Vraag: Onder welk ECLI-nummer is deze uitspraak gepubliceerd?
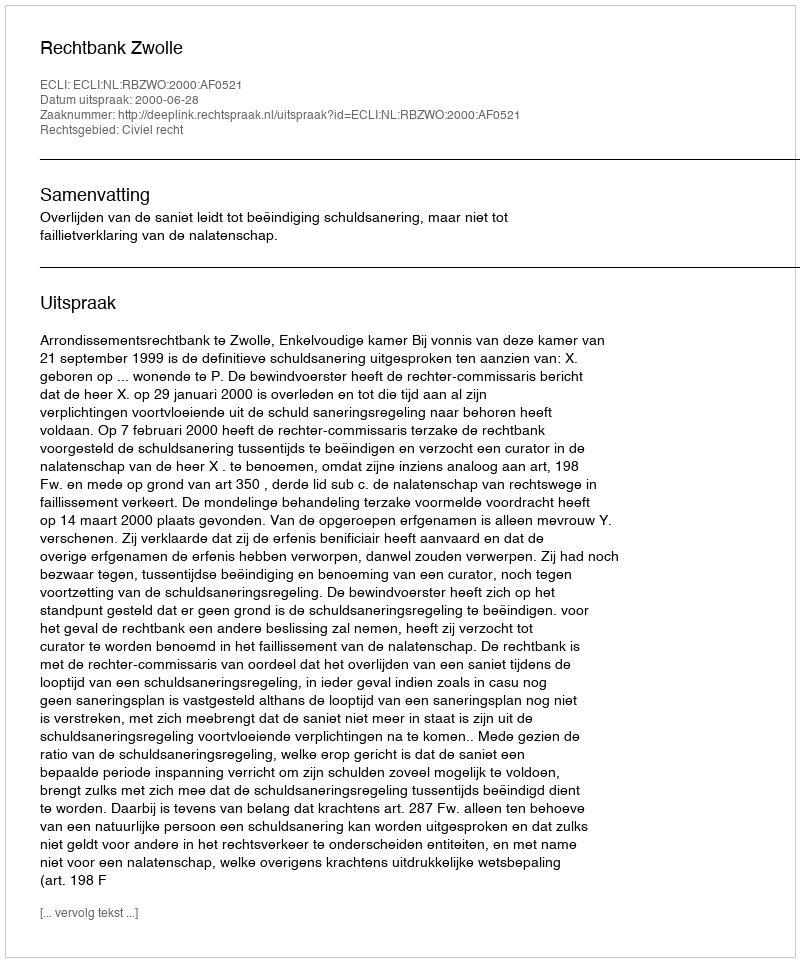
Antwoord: ECLI:NL:RBZWO:2000:AF0521